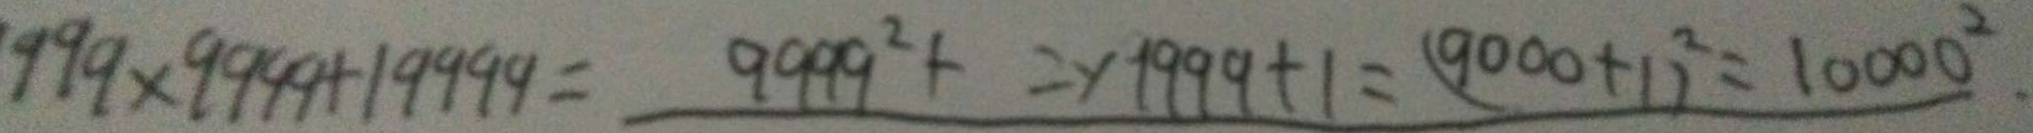
9 9 9 \times 9 9 9 9 + 1 9 9 9 9 = 9 9 9 9 ^ { 2 } + 2 \times 1 9 9 9 9 + 1 = ( 9 0 0 0 + 1 ) ^ { 2 } = 1 0 0 0 0 ^ { 2 } .